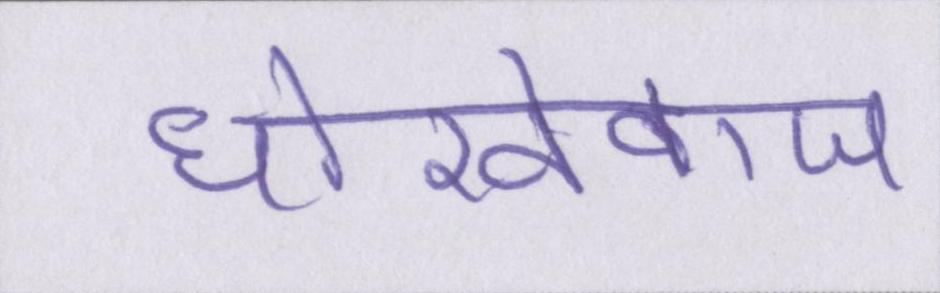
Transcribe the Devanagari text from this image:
धोखेबाज